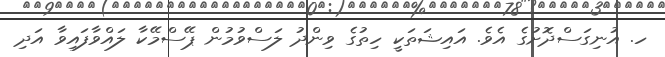
ހ. އުނިގަސްދޮށުގެ އެވެ. އައިޝަތަކީ ހިތުގެ ވިންދު ލަސްވުމުން ޕޭސްމޭކާ ލައްވާފައިވާ އަދި